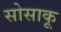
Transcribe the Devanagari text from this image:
सोसाकू